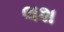
લશ